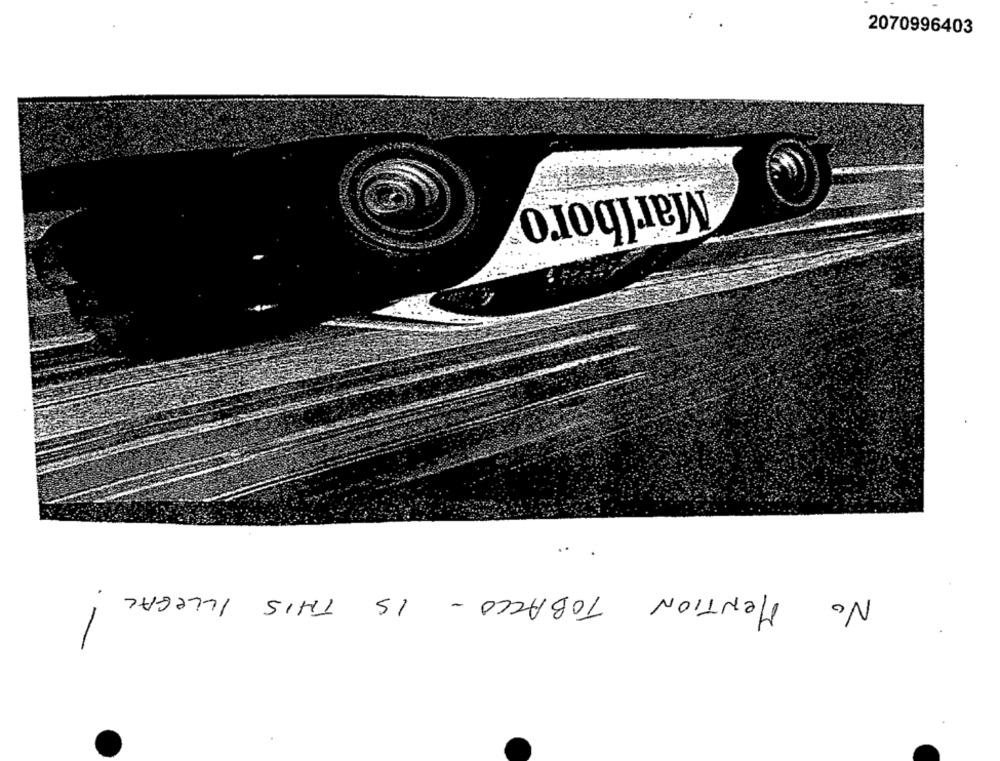
2070996403
Marlboro
NO MENTION TOBACCO - IS THIS ILLEGAL !